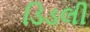
ડિડલી